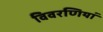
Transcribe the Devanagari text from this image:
विवरणियां